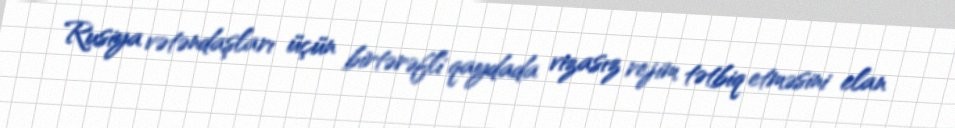
Rusiya vətəndaşları üçün birtərəfli qaydada vizasız rejim tətbiq etməsini elan